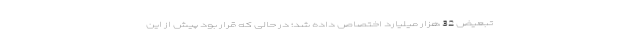
تبعیض 32 هزار میلیارد اختصاص داده شد؛ در حالی که قرار بود پیش از این